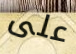
على